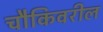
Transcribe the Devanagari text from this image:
चौकिवरील